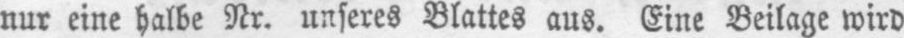
nur eine halbe Nr. unseres Blattes aus. Eine Beilage wird